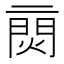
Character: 𨴙